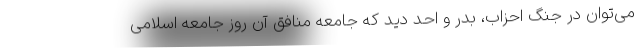
می‌توان در جنگ احزاب، بدر و احد دید که جامعه منافق آن روز جامعه اسلامی